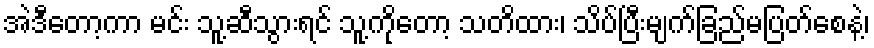
အဲဒီတော့ကာ မင်း သူ့ဆီသွားရင် သူ့ကိုတော့ သတိထား၊ သိပ်ပြီးမျက်ခြည်မပြတ်စေနဲ့၊